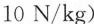
10N/kg)